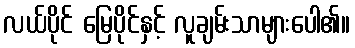
လယ်ပိုင် မြေပိုင်နှင့် လူချမ်းသာများပေါ၏။